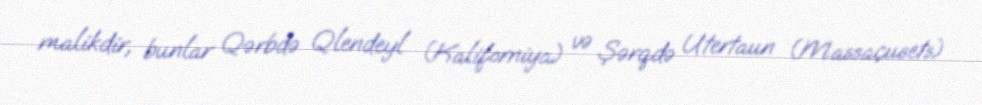
malikdir, bunlar Qərbdə Qlendeyl (Kaliforniya) və Şərqdə Utertaun (Massaçusets)